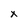
Character: x